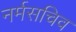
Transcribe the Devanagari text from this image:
नर्मसचिव